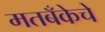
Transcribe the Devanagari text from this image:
मतबँकेचे